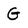
Character: G